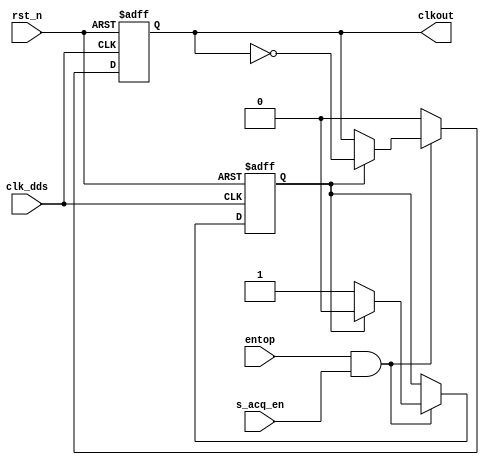
// s_clk_div4.v

module s_clk_div4(
                    input rst_n,
                    input entop,
                    input s_acq_en,
                    input clk_dds,
                    output reg clkout
                    );

reg    count;

wire en;
assign en = entop & s_acq_en;

always @ (negedge rst_n or posedge clk_dds)
   begin
         if(rst_n == 1'b0)
             begin
                   count <= 0;
                   clkout <= 0;
             end

         else 
             begin
               if(en == 1'b1)
                 begin
                   if(count == 1)
                         begin
                               count <= 0;
                               clkout <= ~clkout;    //DDS48
                         end        
                   else
                         begin
                               count <= 1;
                         end
                 end
               else
                 begin
                     clkout <= 0;
                 end
             end 
   end

endmodule